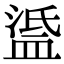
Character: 𥁼